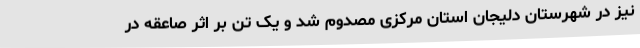
نیز در شهرستان دلیجان استان مرکزی مصدوم شد و یک تن بر اثر صاعقه در